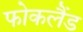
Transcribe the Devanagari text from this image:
फोकलैंड